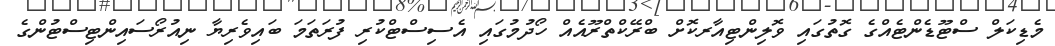
މެޑިކަލް ސްޓޫޑެންޓެއްގެ ގޮތުގައި ވޮލިންޓިއާރކޮށް ބްރޭކްތްރޫއެއް ހޯދުމުގައި އެސިސްޓްކުރި ފުރަތަމަ ބައިވެރިޔާ ނިއުރޯސައިންޓިސްޓުންގެ